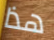
هذا